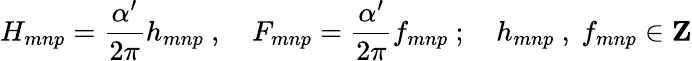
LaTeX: H_{mnp}=\frac{\alpha^{\prime}}{2\pi}h_{mnp}\ ,\quad F_{mnp}=\frac{\alpha^{\prime}}{2\pi}f_{mnp}\ ;\quad h_{mnp}\ ,\ f_{mnp}\in{\mathbf Z}